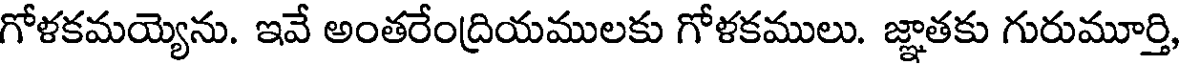
గోళకమయ్యెను. ఇవే అంతరేంద్రియములకు గోళకములు. జ్ఞాతకు గురుమూర్తి,